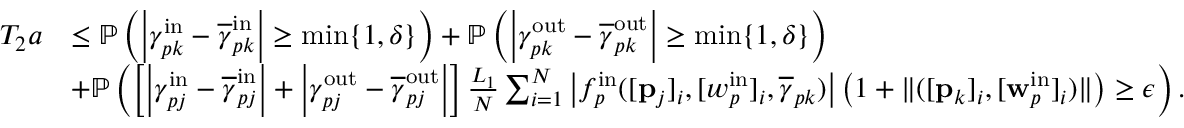
\begin{array} { r l } { T _ { 2 } a } & { \leq \mathbb { P } \left( \left| \gamma _ { p k } ^ { \mathrm { i n } } - \overline { { \gamma } } _ { p k } ^ { \mathrm { i n } } \right| \geq \operatorname* { m i n } \{ 1 , \delta \} \right) + \mathbb { P } \left( \left| \gamma _ { p k } ^ { \mathrm { o u t } } - \overline { { \gamma } } _ { p k } ^ { \mathrm { o u t } } \right| \geq \operatorname* { m i n } \{ 1 , \delta \} \right) } \\ & { + \mathbb { P } \left( \left[ \left| \gamma _ { p j } ^ { \mathrm { i n } } - \overline { { \gamma } } _ { p j } ^ { \mathrm { i n } } \right| + \left| \gamma _ { p j } ^ { \mathrm { o u t } } - \overline { { \gamma } } _ { p j } ^ { \mathrm { o u t } } \right| \right] \frac { L _ { 1 } } { N } \sum _ { i = 1 } ^ { N } \left| f _ { p } ^ { \mathrm { i n } } ( [ \mathbf { p } _ { j } ] _ { i } , [ w _ { p } ^ { \mathrm { i n } } ] _ { i } , \overline { { \gamma } } _ { p k } ) \right| \left( 1 + \| ( [ \mathbf { p } _ { k } ] _ { i } , [ \mathbf { w } _ { p } ^ { \mathrm { i n } } ] _ { i } ) \| \right) \geq \epsilon \right) . } \end{array}